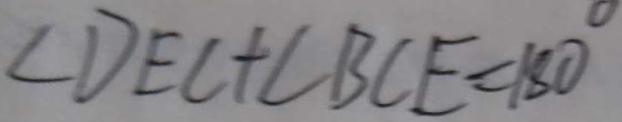
\angle D E C + \angle B C E = 1 8 0 ^ { \circ }